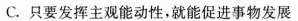
C.只要发挥主观能动性，就能促进事物发展